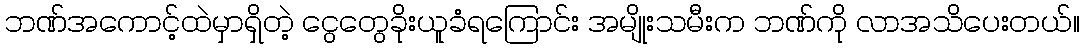
ဘဏ်အကောင့်ထဲမှာရှိတဲ့ ငွေတွေခိုးယူခံရကြောင်း အမျိုးသမီးက ဘဏ်ကို လာအသိပေးတယ်။